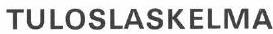
TULOSLASKELMA